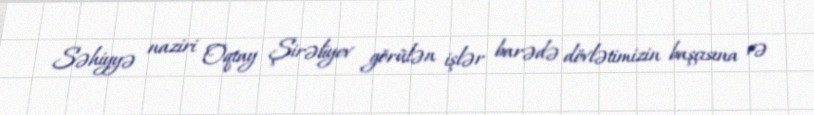
Səhiyyə naziri Oqtay Şirəliyev görülən işlər barədə dövlətimizin başçısına və